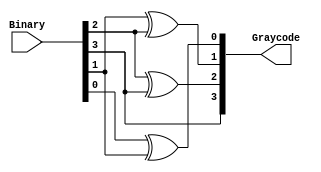
`timescale 1ns / 1ps
//////////////////////////////////////////////////////////////////////////////////
// Company: 
// Engineer: 
// 
// Design Name: 
// Module Name: BinaryToGray
// Project Name: 
// Target Devices: 
// Tool Versions: 
// Description: 
// 
// Dependencies: 
// 
// Revision:
// Revision 0.01 - File Created
// Additional Comments:
// 
//////////////////////////////////////////////////////////////////////////////////


module BinaryToGray(Binary,Graycode);
    input [0:3] Binary;
    output [0:3] Graycode;
    assign Graycode[0]=Binary[0];
    assign Graycode[1]= Binary[1]^Binary[0];
    assign Graycode[2]=Binary[2]^Binary[1];
    assign Graycode[3]=Binary[3]^Binary[2];
endmodule